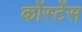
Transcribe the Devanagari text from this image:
कोंस्टेंस